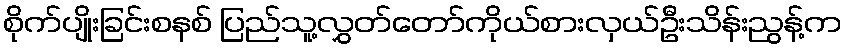
စိုက်ပျိုးခြင်းစနစ် ပြည်သူ့လွှတ်တော်ကိုယ်စားလှယ်ဦးသိန်းညွန့်က